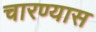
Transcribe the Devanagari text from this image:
चारण्यास